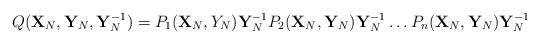
LaTeX: \begin{align*}Q({\bf X}_N,{\bf Y}_N,{\bf Y}_N^{-1})=P_1({\bf X}_N,Y_N){\bf Y}_N^{-1}P_2({\bf X}_N,{\bf Y}_N){\bf Y}_N^{-1}\ldots P_n({\bf X}_N,{\bf Y}_N){\bf Y}_N^{-1}\end{align*}